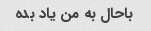
باحال به من یاد بده